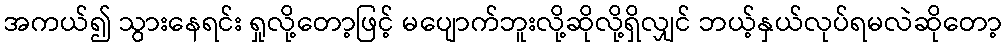
အကယ်၍ သွားနေရင်း ရှုလို့တော့ဖြင့် မပျောက်ဘူးလို့ဆိုလို့ရှိလျှင် ဘယ့်နှယ်လုပ်ရမလဲဆိုတော့